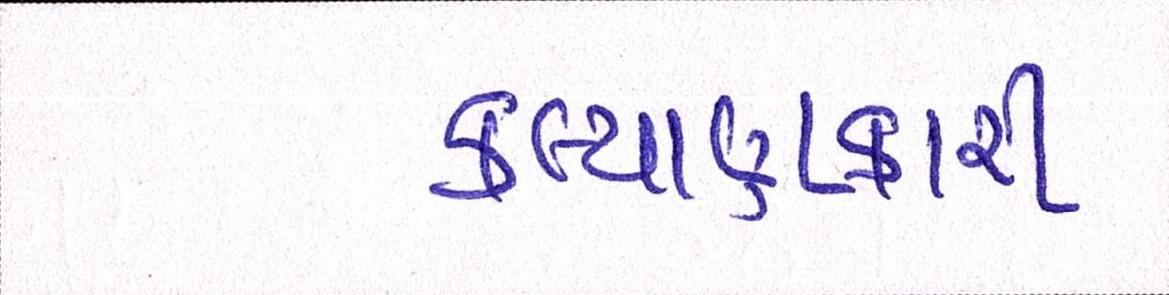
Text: કલ્યાણકારી